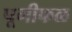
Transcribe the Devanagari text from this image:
पूगीफळ